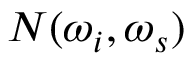
N ( \omega _ { i } , \omega _ { s } )